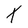
Character: X